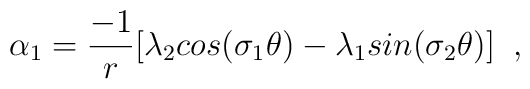
\alpha_{1}=\frac{-1}{r}[\lambda_{2}cos(\sigma_{1}\theta)                                    -\lambda_{1}sin(\sigma_{2}\theta)] \;\;,